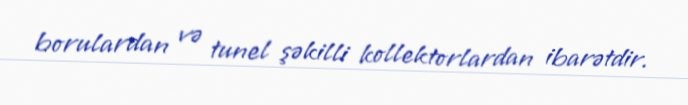
borulardan və tunel şəkilli kollektorlardan ibarətdir.